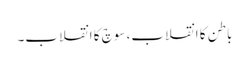
باطن کا انقلاب، سوچ کا انقلاب۔